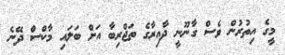
މީގެ އިތުރުން ވެސް ގާނޫނީ ދާއިރާގެ ތަޖްރިބާ އަށް ބަލައި މާކްސް ދޭނެ